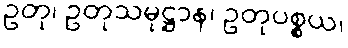
ဥတု၊ ဥတုသမုဋ္ဌာန၊ ဥတုပစ္စယ၊